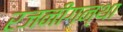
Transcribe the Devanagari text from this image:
रजनीगन्था